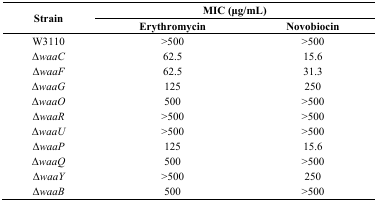
<table><thead><tr><td rowspan="2"><b>Strain</b></td><td colspan="2"><b>MIC (μg/mL)</b></td></tr><tr><td><b>Erythromycin </b></td><td><b>Novobiocin </b></td></tr></thead><tbody><tr><td>W3110</td><td>&gt;500</td><td>&gt;500</td></tr><tr><td>Δ<i>waaC</i></td><td>62.5</td><td>15.6</td></tr><tr><td>Δ<i>waaF</i></td><td>62.5</td><td>31.3</td></tr><tr><td>Δ<i>waaG</i></td><td>125</td><td>250</td></tr><tr><td>Δ<i>waaO</i></td><td>500</td><td>&gt;500</td></tr><tr><td>Δ<i>waaR</i></td><td>&gt;500</td><td>&gt;500</td></tr><tr><td>Δ<i>waaU</i></td><td>&gt;500</td><td>&gt;500</td></tr><tr><td>Δ<i>waaP</i></td><td>125</td><td>15.6</td></tr><tr><td>Δ<i>waaQ</i></td><td>500</td><td>&gt;500</td></tr><tr><td>Δ<i>waaY</i></td><td>&gt;500</td><td>250</td></tr><tr><td>Δ<i>waaB</i></td><td>500</td><td>&gt;500</td></tr></tbody></table>